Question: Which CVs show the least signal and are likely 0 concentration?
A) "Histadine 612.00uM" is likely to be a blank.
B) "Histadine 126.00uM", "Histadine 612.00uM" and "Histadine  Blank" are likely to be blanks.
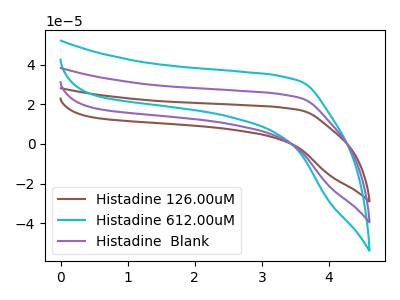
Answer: <think>The brown curve "Histadine 126.00uM" has no peaks. The cyan curve "Histadine 612.00uM" has no peaks. The purple curve "Histadine  Blank" has no peaks.</think>
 <answer>B) "Histadine 126.00uM", "Histadine 612.00uM" and "Histadine  Blank" are likely to be blanks.</answer>
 <eval>B</eval>